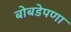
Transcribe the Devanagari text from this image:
बोबडेपणा